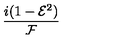
\frac { i ( 1 - { \mathcal { E } } ^ { 2 } ) } { { \mathcal { F } } }